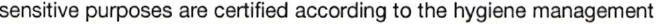
sensitive purposes are certified according to the hygiene management